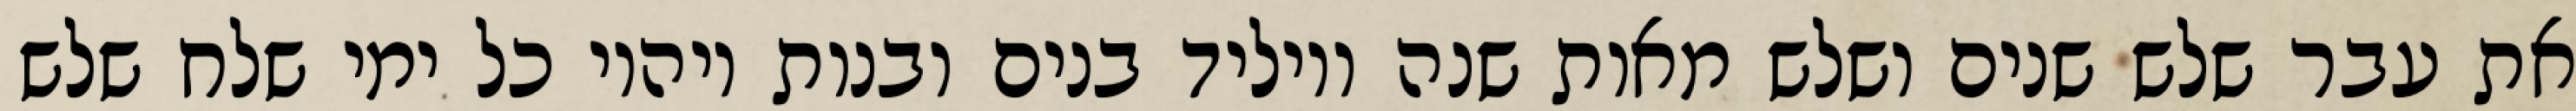
את עבר שלש שנים ושלש מאות שנה ויוליד בנים ובנות ויהיו כל ימי שלח שלש